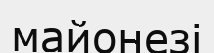
майонезі